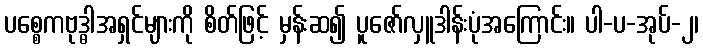
ပစ္စေကဗုဒ္ဓါအရှင်များကို စိတ်ဖြင့် မှန်းဆ၍ ပူဇော်လှူဒါန်းပုံအကြောင်း။ ပါ-ပ-အုပ်-၂၊